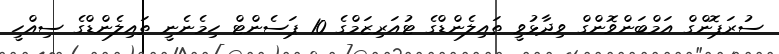
ސުރަޕޮންގް އަމްބަންވޮންގް ވިދާޅުވީ ތައިލެންޑްގެ ޓުއަރިޒަމްގެ 10 ޕަސެންޓް ހިމެނެނީ ތައިލެންޑްގެ ސިއްހީ